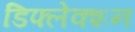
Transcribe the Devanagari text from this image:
डिफ्लेक्शन